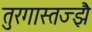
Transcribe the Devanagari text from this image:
तुरगास्तज्झै